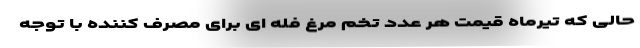
حالی که تیرماه قیمت هر عدد تخم مرغ فله ای برای مصرف کننده با توجه